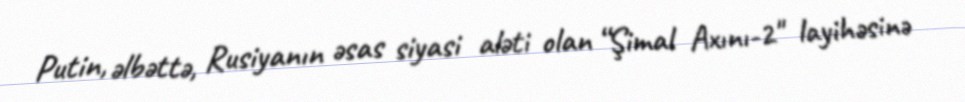
Putin, əlbəttə, Rusiyanın əsas siyasi aləti olan “Şimal Axını-2" layihəsinə